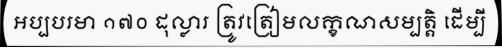
អប្បបរមា ១៧០ ដុល្លារ ត្រូវត្រៀមលក្ខណសម្បត្តិ ដើម្បី